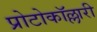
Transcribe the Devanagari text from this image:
प्रोटोकॉल्लारी